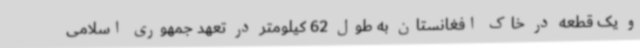
و یک قطعه در خاک افغانستان به طول 62 کیلومتر در تعهد جمهوری اسلامی